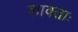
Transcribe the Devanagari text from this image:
शाक्ताः